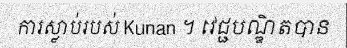
ការស្លាប់របស់ Kunan ។ វេជ្ជបណ្ឌិតបាន